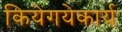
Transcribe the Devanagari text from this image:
कियेगयेकार्य